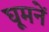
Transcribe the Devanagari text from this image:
घूमनें